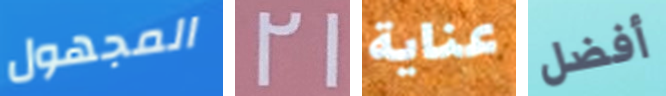
المجهول 21 عناية أفضل